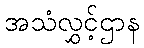
အသံလွှင့်ဌာန